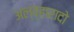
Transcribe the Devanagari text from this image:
अल्व्हारादो